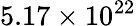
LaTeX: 5.17\times 10^{22}